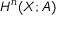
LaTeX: H ^ { n } ( X ; A )